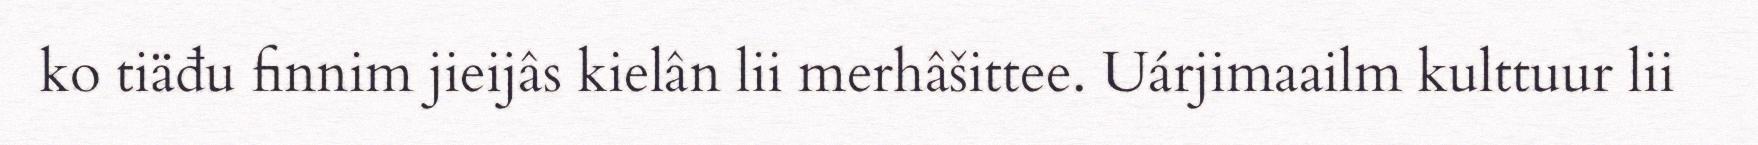
ko tiäđu finnim jieijâs kielân lii merhâšittee. Uárjimaailm kulttuur lii